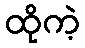
ထိုကဲ့